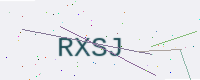
Text: RXSJ